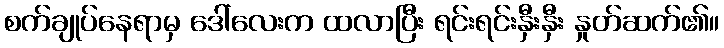
စက်ချုပ်နေရာမှ ဒေါ်လေးက ထလာပြီး ရင်းရင်းနှီးနှီး နှုတ်ဆက်၏။